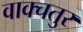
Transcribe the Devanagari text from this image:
वाक्चतुर